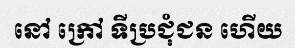
នៅ ក្រៅ ទីប្រជុំជន ហើយ